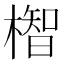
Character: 𪳲